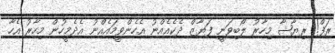
ރަފް! ރިޔާޝާ މިހާރު ލޯބިވަނީ ފަޔާޒް ދެކެއެއްނު އެހެންވީމައެއްނު އެދެމީހުން މިހާރު އެހާ